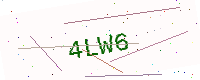
Text: 4LW6